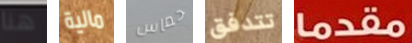
هنا مالية حماس تتدفق مقدما